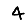
Digit: 4